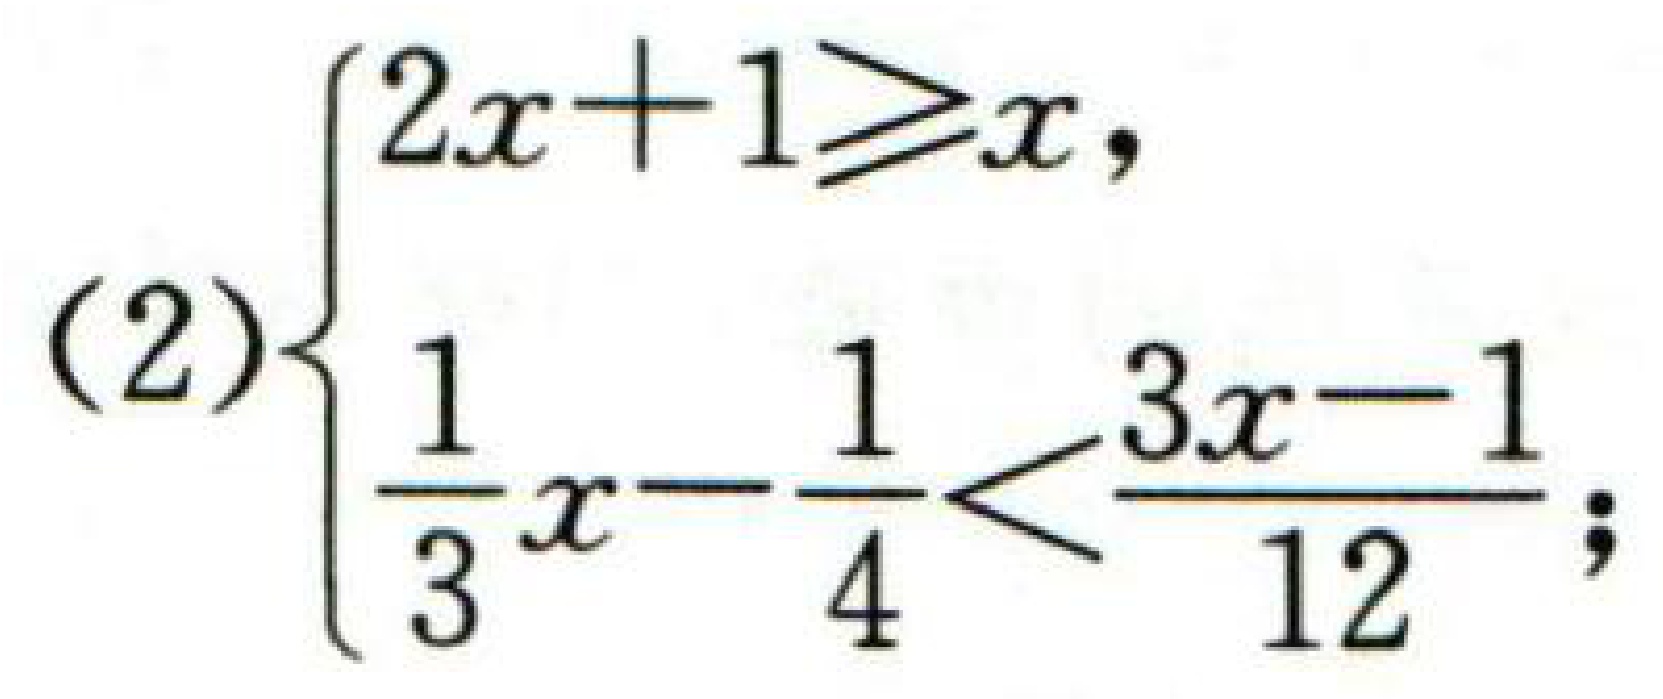
(2)$\begin{cases}2x + 1\geqslant x,\\\dfrac{1}{3}x-\dfrac{1}{4}<\dfrac{3x - 1}{12};\end{cases}$